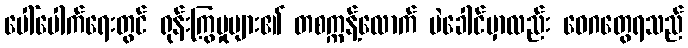
ပေါ်ပေါက်ရေးတွင် ရုန်းကြွမှုများ၏ တစက္ကန့်လောက် မဲခေါင်မှာလည်း ဝေဂတွေရသည်